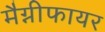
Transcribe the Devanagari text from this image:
मैग्नीफायर